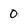
Character: 0